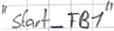
Text: "Start_FB1"